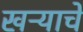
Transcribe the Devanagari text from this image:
खऱ्याचे